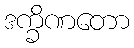
ဒက္ခိဏတော